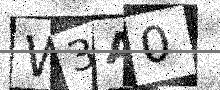
Text: W3A0